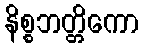
နိစ္စဘတ္တိကော